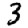
Digit: 3